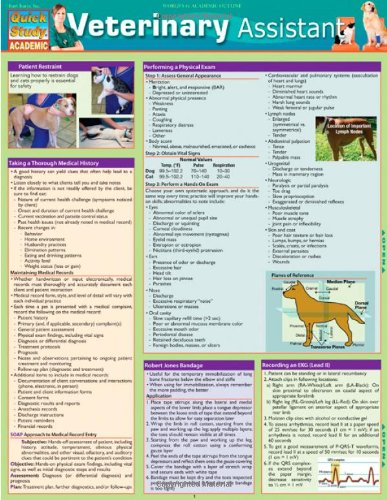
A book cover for Veterinary Assistant (Quick Study: Academic); Inc. BarCharts; Medical Books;